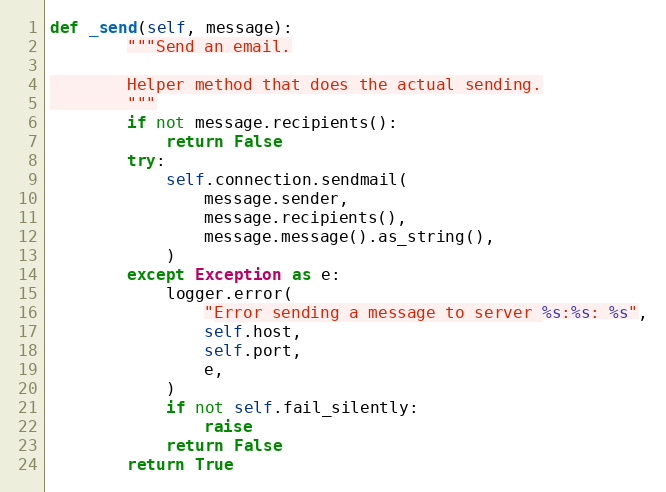
Language: Python
def _send(self, message):
        """Send an email.

        Helper method that does the actual sending.
        """
        if not message.recipients():
            return False
        try:
            self.connection.sendmail(
                message.sender,
                message.recipients(),
                message.message().as_string(),
            )
        except Exception as e:
            logger.error(
                "Error sending a message to server %s:%s: %s",
                self.host,
                self.port,
                e,
            )
            if not self.fail_silently:
                raise
            return False
        return True